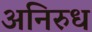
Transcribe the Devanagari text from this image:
अनिरुध